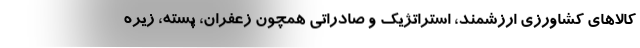
کالاهای کشاورزی ارزشمند، استراتژیک و صادراتی همچون زعفران، پسته، زیره